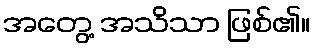
အတွေ့ အသိသာ ဖြစ်၏။